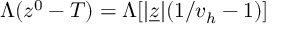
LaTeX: \Lambda ( z ^ { 0 } - T ) = \Lambda [ \vert \underline { { z } } \vert ( 1 / v _ { h } - 1 ) ]